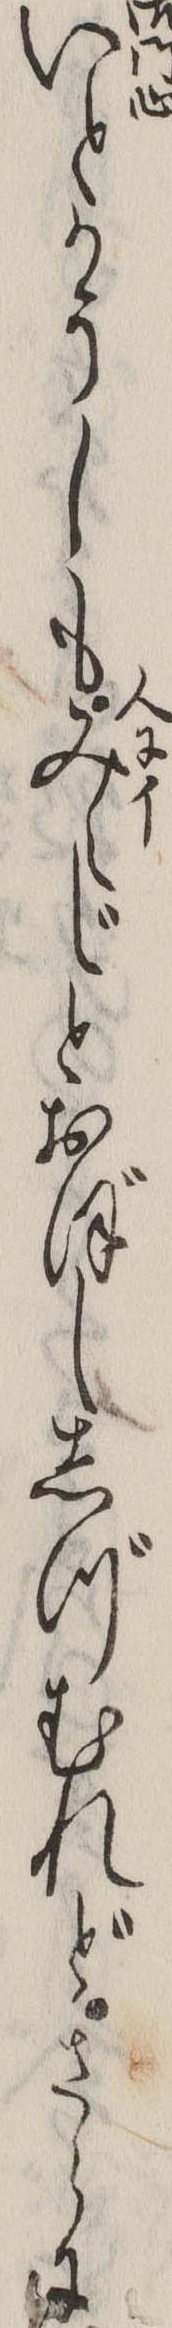
いとかうしもみえじとおぼししづむれどさらに